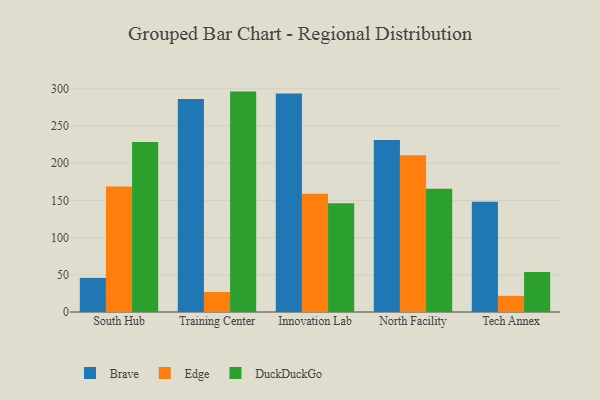
{"axis": {"x": "Campus", "y": "Temperature (°C)"}, "legend": ["Brave", "DuckDuckGo", "Edge"], "data": [{"x": "South Hub", "y": 45.9, "type": "Brave"}, {"x": "South Hub", "y": 168.7, "type": "Edge"}, {"x": "South Hub", "y": 228.5, "type": "DuckDuckGo"}, {"x": "Training Center", "y": 286.2, "type": "Brave"}, {"x": "Training Center", "y": 26.9, "type": "Edge"}, {"x": "Training Center", "y": 296.2, "type": "DuckDuckGo"}, {"x": "Innovation Lab", "y": 293.7, "type": "Brave"}, {"x": "Innovation Lab", "y": 158.8, "type": "Edge"}, {"x": "Innovation Lab", "y": 146.1, "type": "DuckDuckGo"}, {"x": "North Facility", "y": 231.0, "type": "Brave"}, {"x": "North Facility", "y": 210.5, "type": "Edge"}, {"x": "North Facility", "y": 165.7, "type": "DuckDuckGo"}, {"x": "Tech Annex", "y": 148.1, "type": "Brave"}, {"x": "Tech Annex", "y": 21.7, "type": "Edge"}, {"x": "Tech Annex", "y": 53.7, "type": "DuckDuckGo"}]}